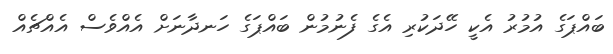
ބައްޕަގެ އުމުރު އެކީ ހޭދަކުރި އެގެ ފެނުމުން ބައްޕަގެ ހަނދާނަށް އެއްވެސް އެއްޗެއް